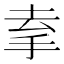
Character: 𢫀